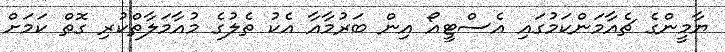
ޔާމީންގެ ޗެއާމަންކަމުގައި އެސްޓީއޯ އިން ބަރުމާއާ އެކު ތެލުގެ މުއާމަލާތްކުރި ގޮތް ކަމަށް